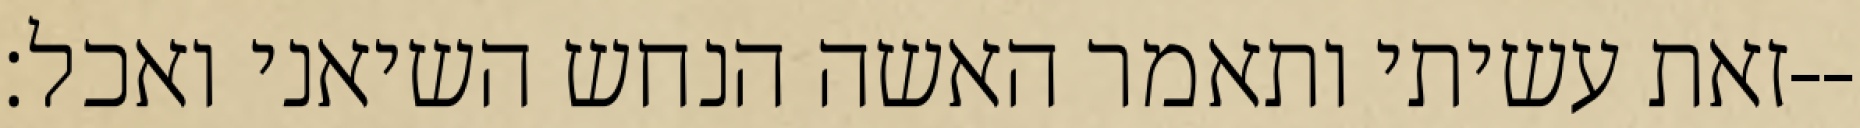
זאת עשיתי ותאמר האשה הנחש השיאני ואכל׃--